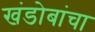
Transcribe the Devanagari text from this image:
खंडोबांचा